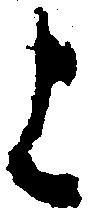
上